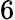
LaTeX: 6